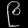
Digit: ၉